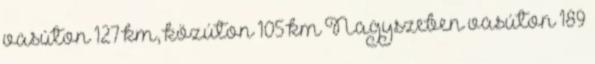
vasúton 127 km, közúton 105 km Nagyszeben vasúton 189